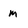
Character: m